Philaematomyia insignis, Austen - Number 54
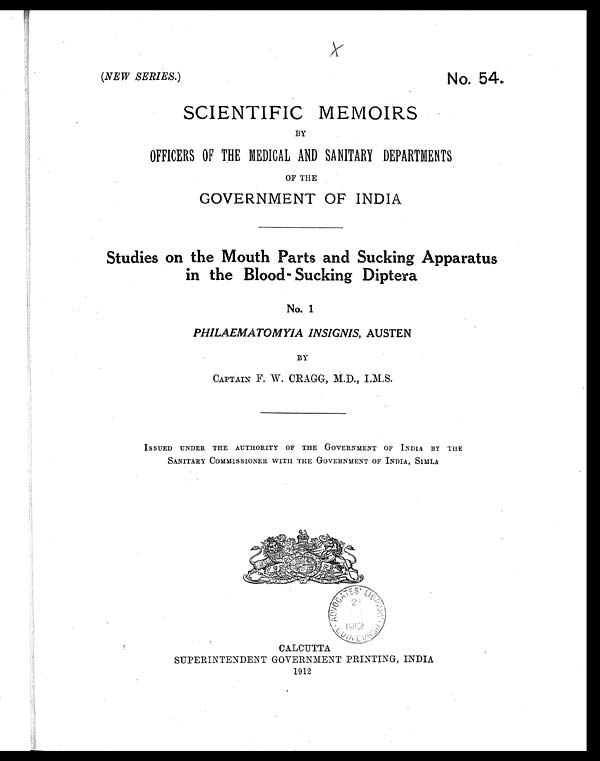
(NEW SERIES.)
No. 54.
SCIENTIFIC MEMOIRS
BY
OFFICERS OF THE MEDICAL AND SANITARY DEPARTMENTS
OF THE
GOVERNMENT OF INDIA
Studies on the Mouth Parts and Sucking Apparatus
in the Blood-Sucking Diptera
No. 1
PHILAEMATOMYIA INSIGNIS, AUSTEN
BY
CAPTAIN F. W. CRAGG, M.D., I.M.S.
ISSUED UNDER THE AUTHORITY OF THE GOVERNMENT OF INDIA BY THE
SANITARY COMMISSIONER WITH THE GOVERNMENT OF INDIA, SIMLA
CALCUTTA
SUPERINTENDENT GOVERNMENT PRINTING, INDIA
1912